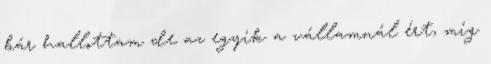
bár hallottam de az egyik a vállamnál ért, míg